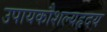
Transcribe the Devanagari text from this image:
उपायकौशल्यहृदय